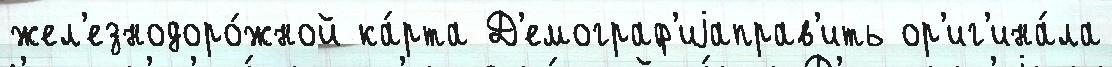
жел'езнодоро́жной ка́рта Д'емограф'иjаправ'ить ор'иг'ина́ла